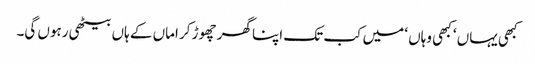
کبھی یہاں ‘ کبھی وہاں ‘ میں کب تک اپنا گھر چھوڑ کر اماں کے ہاں بیٹھی رہوں گی۔